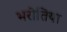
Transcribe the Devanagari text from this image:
भरोतिया